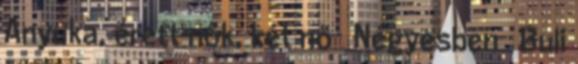
Anyuka, érett nők, két nő ▪ Négyesben ▪ Buli